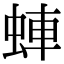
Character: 蛼